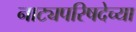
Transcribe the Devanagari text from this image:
नाट्यपरिषदेच्या